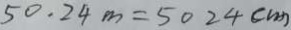
5 0 . 2 4 m = 5 0 2 4 c m